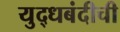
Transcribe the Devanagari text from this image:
युद्धबंदीची